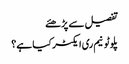
تفصیل سے پڑھئے
پلوٹونیم ری ایکٹر کیا ہے؟